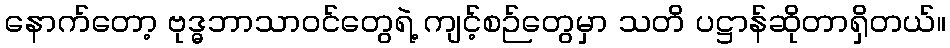
နောက်တော့ ဗုဒ္ဓဘာသာဝင်တွေရဲ့ ကျင့်စဉ်တွေမှာ သတိ ပဋ္ဌာန်ဆိုတာရှိတယ်။